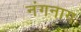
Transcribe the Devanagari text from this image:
नंगनाग